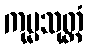
ကုမ္မသုတ္တံ